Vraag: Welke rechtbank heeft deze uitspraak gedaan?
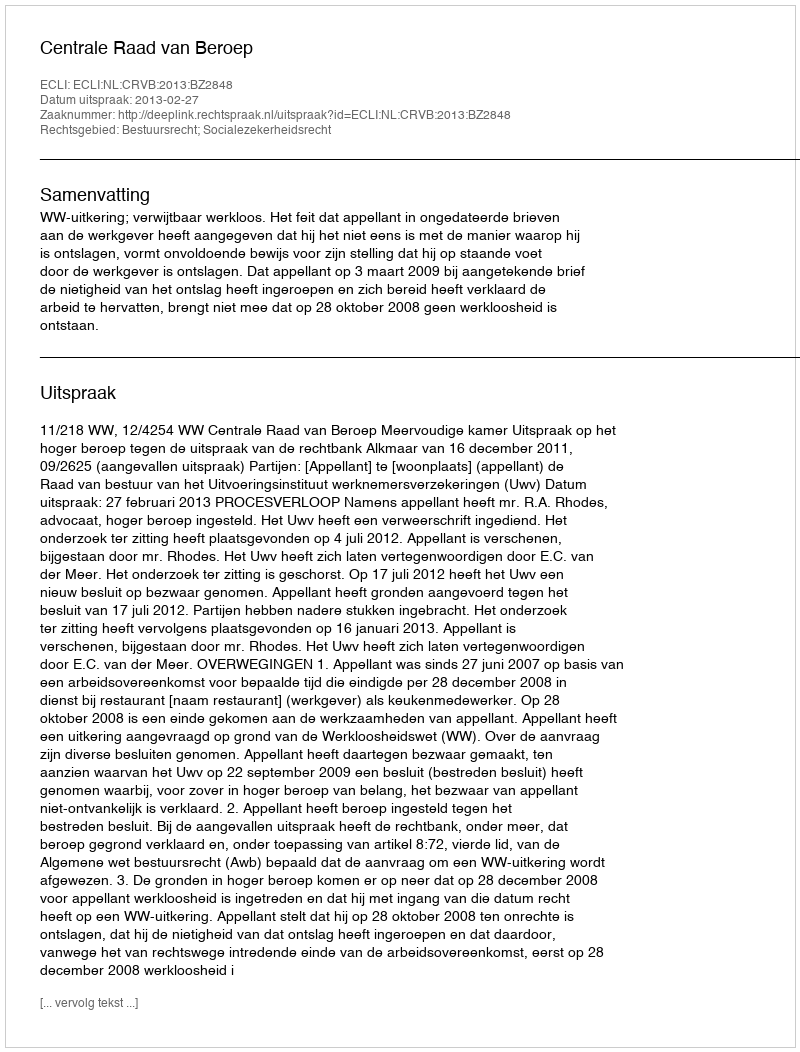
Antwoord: Centrale Raad van Beroep